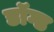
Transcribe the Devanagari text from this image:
डॉग्ड